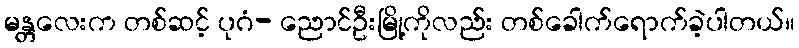
မန္တလေးက တစ်ဆင့် ပုဂံ- ညောင်ဦးမြို့ကိုလည်း တစ်ခေါက်ရောက်ခဲ့ပါတယ်။